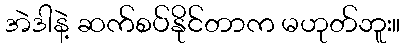
အဲဒါနဲ့ ဆက်စပ်နိုင်တာက မဟုတ်ဘူး။